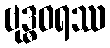
ဗုဒ္ဓဝရဿ